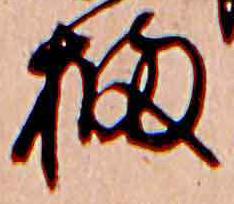
橘